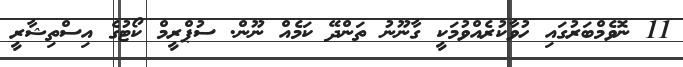
11 ނޮވެމްބަރުގައި ހުވާކުރެއްވުމަކީ ގާނޫނު ތަންދޭ ކަމެއް ނޫން. ސުޕްރީމް ކޯޓުގެ އިސްތިޝާރީ